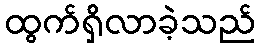
ထွက်ရှိလာခဲ့သည်